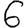
Digit: 6